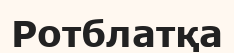
Ротблатқа